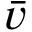
\bar { v }